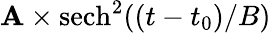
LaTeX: \mathbf{A}\times\mathrm{{sech}}^{2}((t-t_{0})/B)